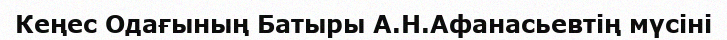
Кеңес Одағының Батыры А.Н.Афанасьевтің мүсіні